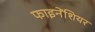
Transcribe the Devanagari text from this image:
फाइनेंशियर